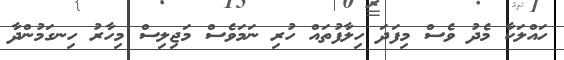
ހައްލަކާ މެދު ވެސް މިފަދަ ހިލާފުތައް ހުރި ނަމަވެސް މަޖިލިސް މިހާރު ހިނގަމުންދާ